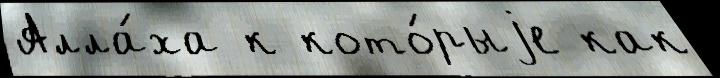
Алла́ха к кото́рыjе как